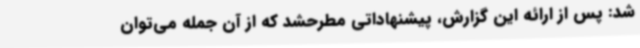
شد: پس از ارائه این گزارش، پیشنهاداتی مطرحشد که از آن جمله می‌توان